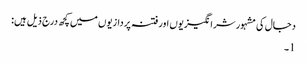
دجال کی مشہور شرانگیزیوں اور فتنہ پردازیوں میں کچھ درج ذیل ہیں:
1۔